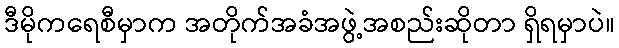
ဒီမိုကရေစီမှာက အတိုက်အခံအဖွဲ့အစည်းဆိုတာ ရှိရမှာပဲ။